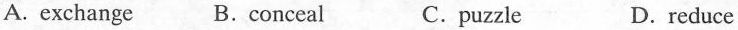
A.exchange B.conceal C.puzzle D.reduce